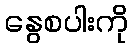
နွေစပါးကို